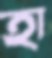
হা